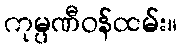
ကုမ္ပဏီဝန်ထမ်း။